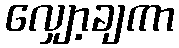
လျှော့ချကာ